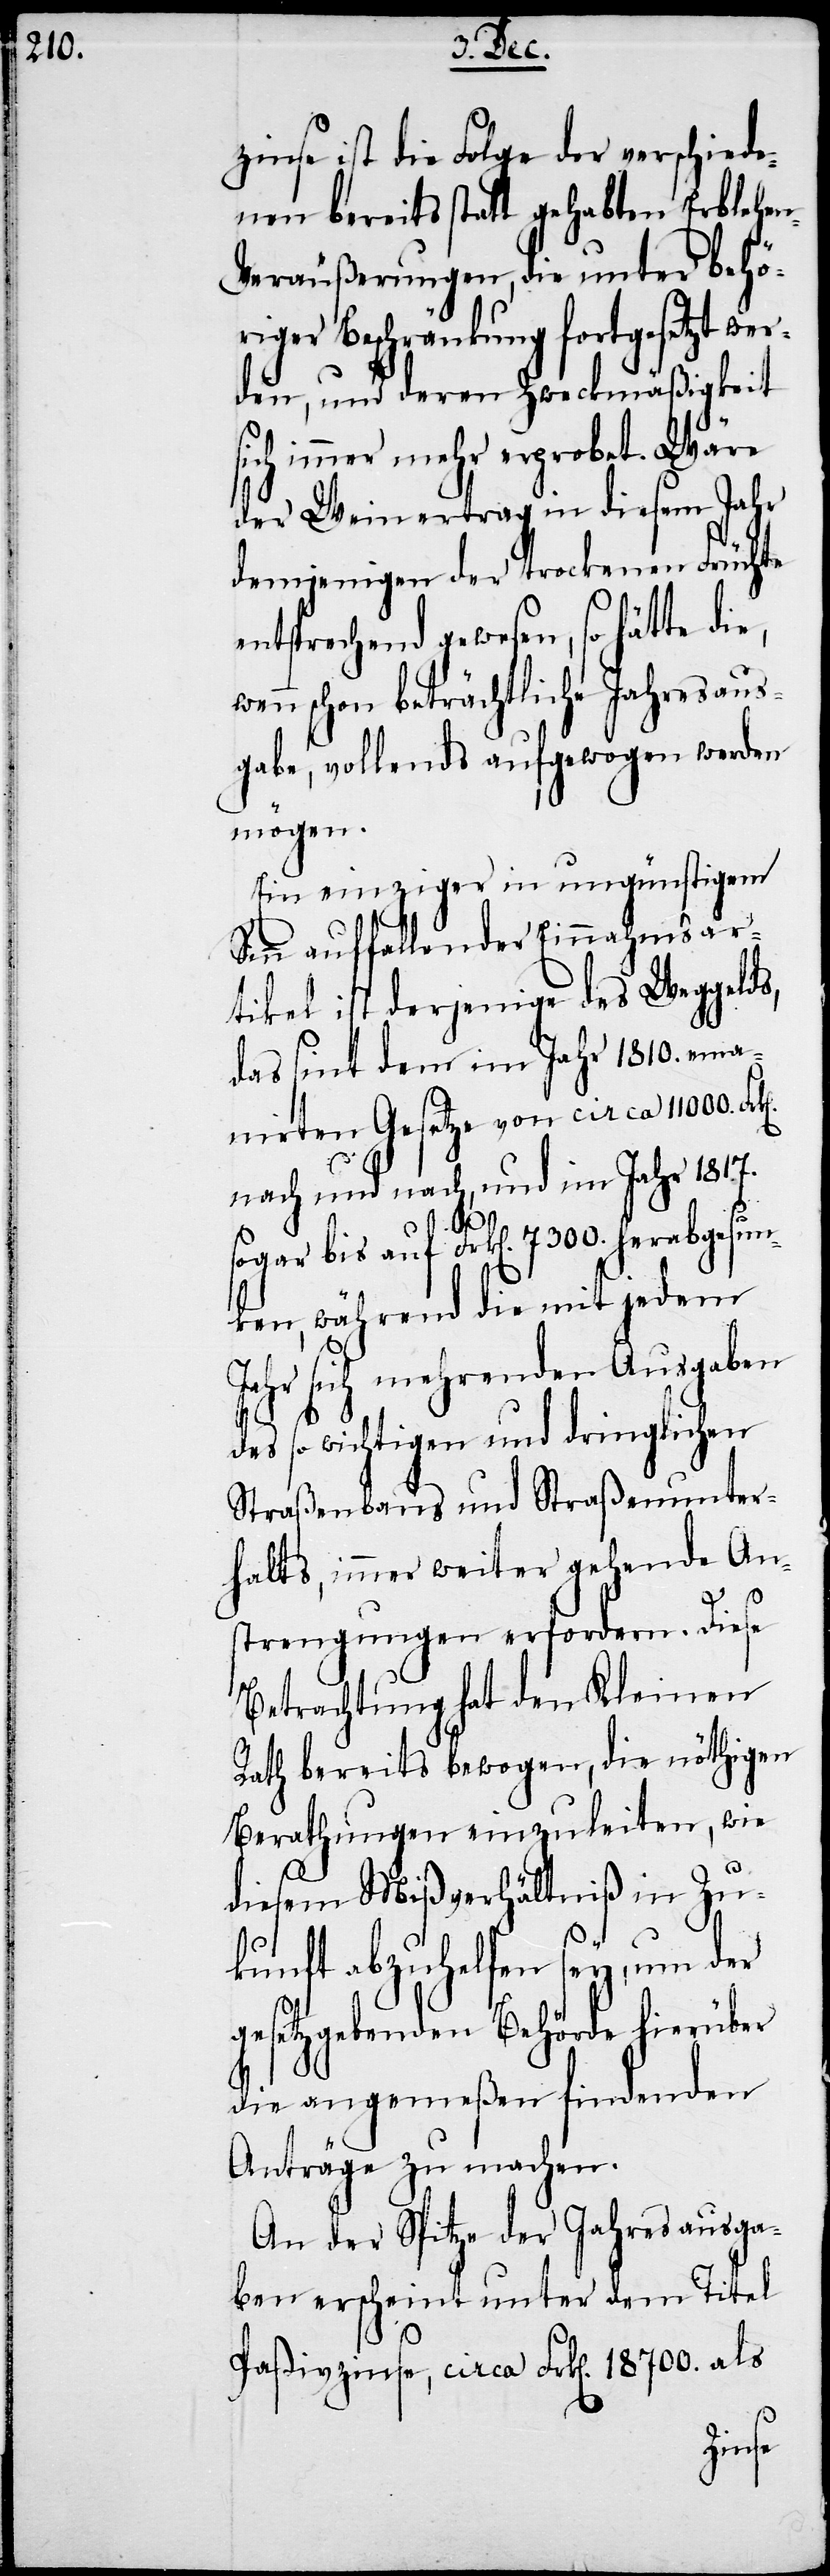
zinse ist die Folge der verschiede¬
nen bereits statt gehabten Erblehe¬
n-Veräußerungen, die unter behör¬
iger Beschränkung fortgesetzt wer¬
den, und deren Zweckmäßigkeit
ich immer mehr erprobet. Wäre
der Weinertrag in diesem Jahr
demjenigen der trockenen Früchte
entsprechend gewesen, so hätte die,
n schon beträchtliche Jahresaus¬
gabe, vollends aufgewogen werden
mögen.
Ein einziger in ungünstigem
Sinn auffallender Einnahmsar¬
tikel ist derjenige des Weggelds,
das sint dem im Jahr 1810. ema¬
nirten Gesetze von circa 11000.
nach und nach, und im Jahr 1817.
s¬
sogar bis auf Frk[en]. 7300. herabgesun¬
ken, während die mit jedem
Jahr sich mehrenden Ausgaben
des so wichtigen und dringlichen
Straßenbaus und Straßenunter¬
halts, immer weiter gehende Ans¬
trengungen erfordern. Diese
Betrachtung hat den Kleinen
Rath bereits bewogen, die nöthigen
Berathungen einzuleiten, wie
diesem Mißverhältniß in Zu¬
kunft abzuhelfen sey, um der
gesetzgebenden Behörde hierüber
die angemeßen findenden
Anträge zu machen.
An der Spitze der Jahresausga¬
ben erscheint unter dem Titel
Paßivzinse, circa Frk[en]. 18700. als
wen¬